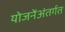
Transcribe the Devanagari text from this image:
योजनेंअंतर्गत